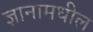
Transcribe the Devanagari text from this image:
ज्ञानामधील